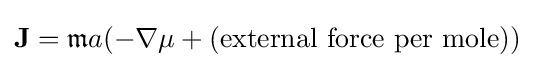
\mathbf {J} ={\mathfrak {m}}a(-\nabla \mu +({\text{external force per mole}}))